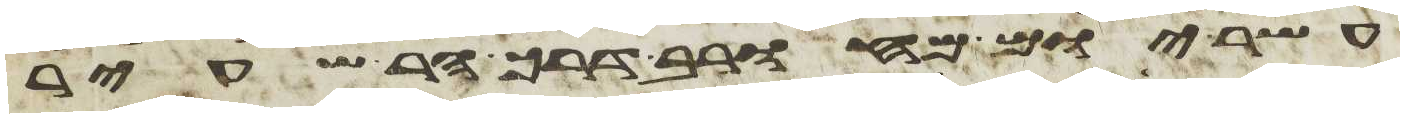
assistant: עשר יום מחורב דרך הר שעיר